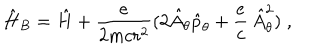
\hat { H } _ { B } = \hat { H } + \frac { e } { 2 m c r ^ { 2 } } ( 2 \hat { A } _ { \theta } \hat { p } _ { \theta } + \frac { e } { c } \, \hat { A } _ { \theta } ^ { 2 } ) \; ,